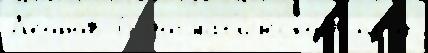
Л'ео́нов 6 догмат'и́ческоjе прот